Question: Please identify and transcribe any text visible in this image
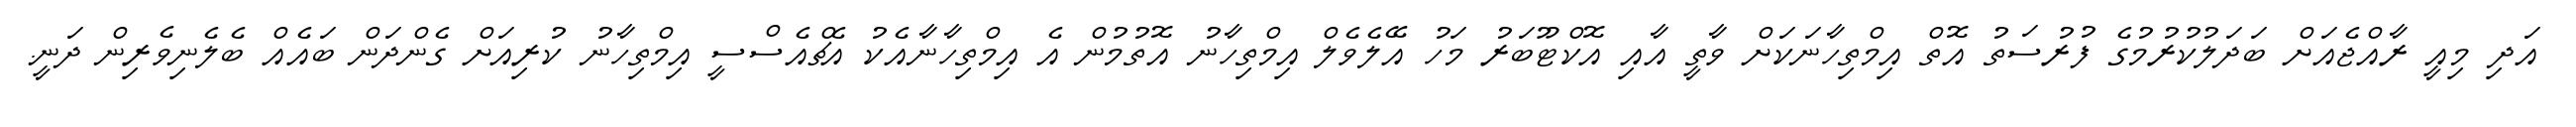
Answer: އަދި މިއީ ރާއްޖެއަށް ބަދަލުކުރުމުގެ ފުރުސަތު އޮތް އިމްތިހާނަކަށް ވާތީ އާއި އޮކްޓޫބަރު މަހު އޭލެވެލް އިމްތިހާނު އޮތުމުން އެ އިމްތިހާނާއެކު އެޗްއެސްސީ އިމްތިހާނު ކުރިއަށް ގެންދަން ބައެއް ބެލެނިވެރިން ދަނީ.